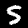
Label: 5